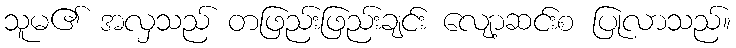
သူမ၏ အလှသည် တဖြည်းဖြည်းချင်း လျော့ဆင်းစ ပြုလာသည်။